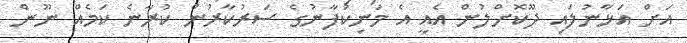
އަށް އަޅާނުލައި ދޫކޮށްލުން އެއީ އެ މަނިކުފާނުގެ ސަރުކާރުން ކުރާނެ ކަމެއް ނޫން